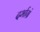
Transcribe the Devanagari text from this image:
दर्भाग्रं